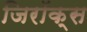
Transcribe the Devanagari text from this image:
जिरॉक्स